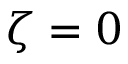
\zeta = 0